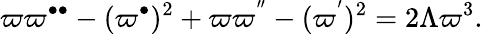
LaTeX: \varpi\varpi^{\bullet\bullet}-(\varpi^{\bullet})^{2}+\varpi\varpi^{^{\prime\prime}}-(\varpi^{^{\prime}})^{2}=2\Lambda\varpi^{3}.